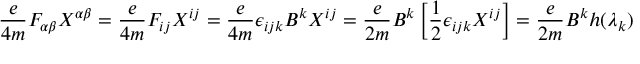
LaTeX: \frac { e } { 4 m } F _ { \alpha \beta } X ^ { \alpha \beta } = \frac { e } { 4 m } F _ { i j } X ^ { i j } = \frac { e } { 4 m } \epsilon _ { i j k } B ^ { k } X ^ { i j } = \frac { e } { 2 m } B ^ { k } \left[ \frac { 1 } { 2 } \epsilon _ { i j k } X ^ { i j } \right] = \frac { e } { 2 m } B ^ { k } h ( \lambda _ { k } )